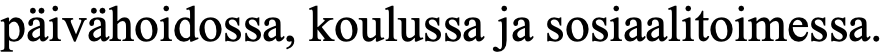
päivähoidossa, koulussa ja sosiaalitoimessa.